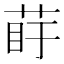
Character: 𦰲